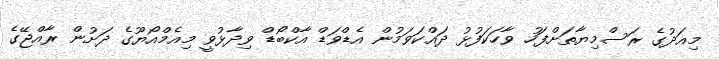
މިއަދުގެ ރަސްމިޔާތަށްފަހު ވާހަކަފުޅު ދައްކަވަމުން އެޑްވަޑް އާކްބޯޑް ވިދާޅުވީ މިއެމްއޯޔޫގެ ދަށުން ރާއްޖޭގެ